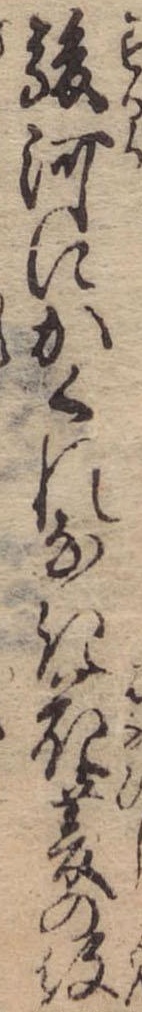
駿河にかくれなき花菱の紋